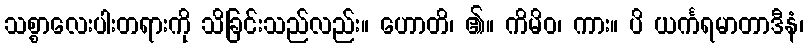
သစ္စာလေးပါးတရားကို သိခြင်းသည်လည်း။ ဟောတိ၊ ၏။ ကိမိဝ၊ ကား။ ပိ ယင်္ကရမာတာဒီနံ၊